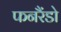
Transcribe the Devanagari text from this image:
फनरैंडो